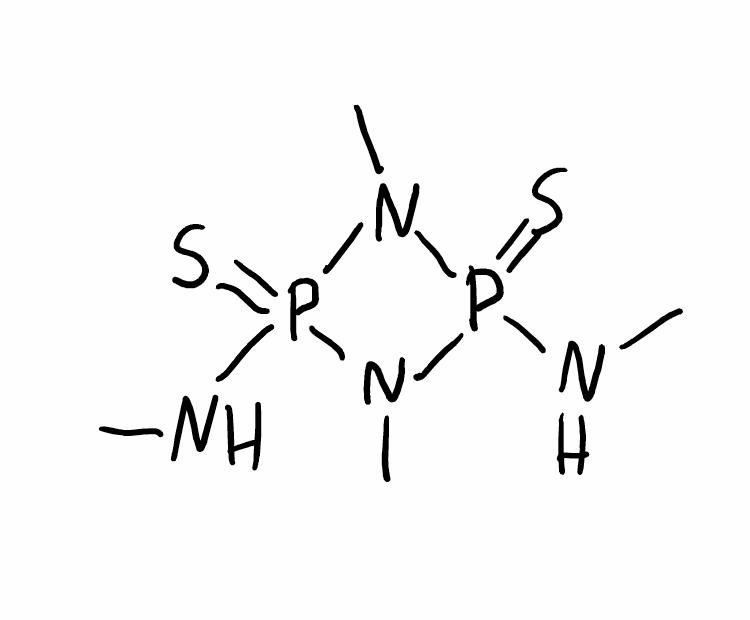
Simplified molecular-input line-entry system (SMILES) notation of the given molecule:
CNP1(=S)N(P(=S)(N1C)NC)C